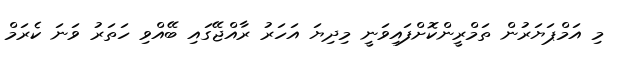
މި އަމްޕަޔަރުން ތަމްރީންކޮށްފައިވަނީ މިދިޔަ އަހަރު ރާއްޖޭގައި ބޭއްވި ހަތަރު ވަނަ ކެރަމް